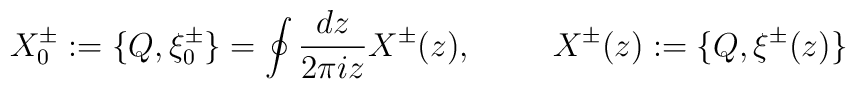
X^{\pm}_0 := \{ Q , \xi^{\pm}_0 \} = \oint \frac{dz}{2\pi i z} X^{\pm} (z),\hspace{1cm} X^{\pm} (z) := \{Q,\xi^{\pm} (z)\}